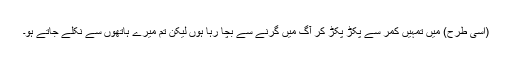
(اسی طرح) میں تمہیں کمر سے پکڑ پکڑ کر آگ میں گرنے سے بچا رہا ہوں لیکن تم میرے ہاتھوں سے نکلے جاتے ہو۔